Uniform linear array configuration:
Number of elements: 24
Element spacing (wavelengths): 0.25
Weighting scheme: hamming
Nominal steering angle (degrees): -45
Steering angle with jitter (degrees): -46.29
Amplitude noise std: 0.05
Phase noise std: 0.05

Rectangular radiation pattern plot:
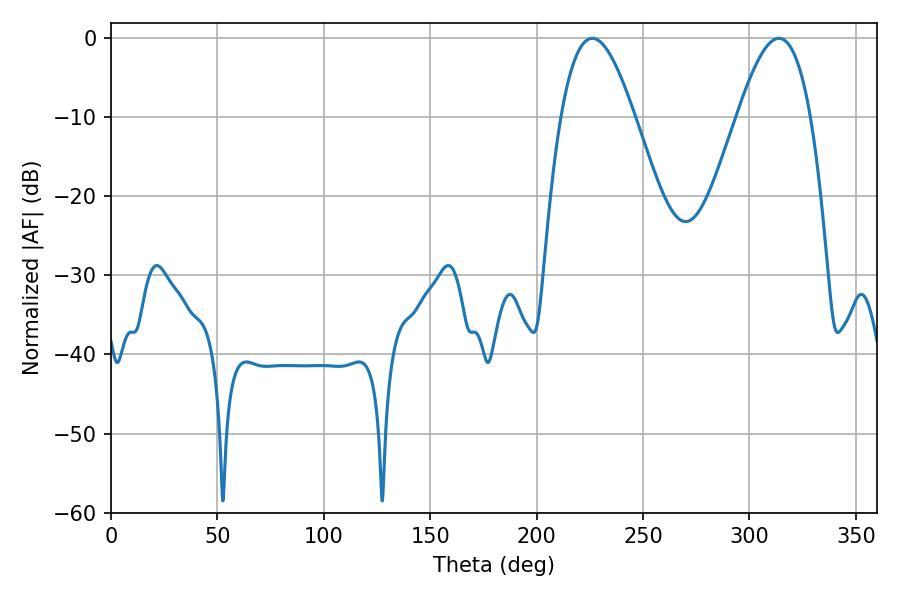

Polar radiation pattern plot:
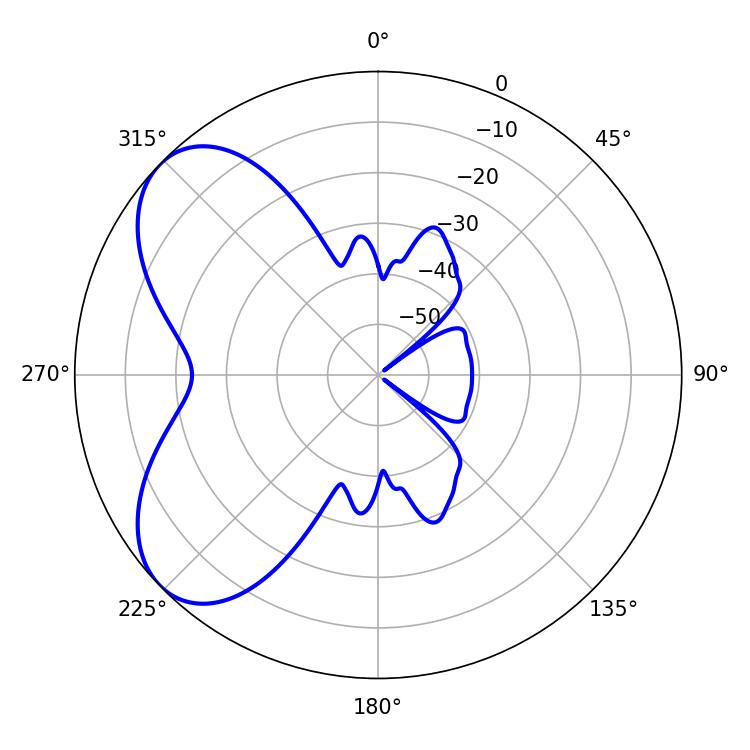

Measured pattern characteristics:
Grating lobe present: FALSE
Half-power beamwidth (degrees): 18.72
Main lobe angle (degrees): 226.08